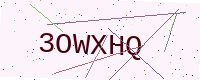
Text: 3OWXHQ